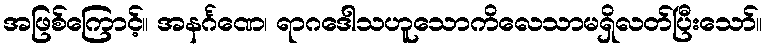
အဖြစ်ကြောင့်။ အနင်္ဂဏေ၊ ရာဂဒေါသဟူသောကိလေသာမရှိလတ်ပြီးသော်။